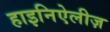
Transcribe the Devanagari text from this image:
हाइनिऐलीज़